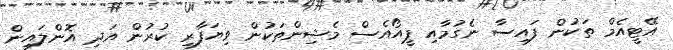
އޭޓީއެމް ތަކުން ފައިސާ ނެގުމާއި ޕީއޯއެސް މެޝިންތަކުން ވިޔަފާރި ކުރުން އަދި އޮންލައިން